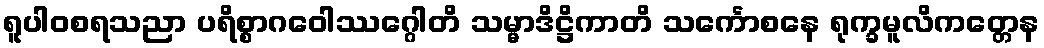
ရူပါဝစရသညာ ပရိစ္စာဂဝေါဿဂ္ဂေါတိ သမ္မာဒိဋ္ဌိကာတိ သင်္ကောစနေ ရုက္ခမူလိကတ္တေန